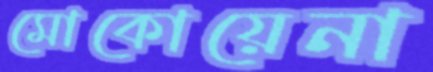
মোকোয়েনা